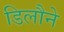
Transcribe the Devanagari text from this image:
डिलौने